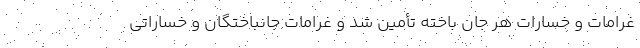
غرامات و خسارات هر جان باخته تأمین شد و غرامات جانباختگان و خساراتی